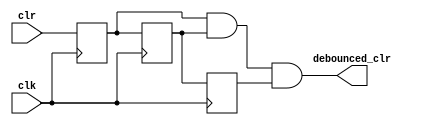
`timescale 1ns / 1ps
//////////////////////////////////////////////////////////////////////////////////
// Company: 
// Engineer: 
// 
// Design Name: 
// Module Name: debounced_clr
// Project Name: 
// Target Devices: 
// Tool Versions: 
// Description: 
// 
// Dependencies: 
// 
// Revision:
// Revision 0.01 - File Created
// Additional Comments:
// 
//////////////////////////////////////////////////////////////////////////////////

//debouncer db(.clr(reset),.clk(clk_div19),.debounced_clr(deb_out));

module debouncer( input clr, output debounced_clr, input clk);
    reg delay1,delay2,delay3;
    
    always@ (posedge clk)
    begin
        delay1 <= clr;
        delay2 <= delay1;
        delay3 <= delay2;
    end
    
    assign debounced_clr= delay1 & delay2 & delay3;
endmodule